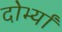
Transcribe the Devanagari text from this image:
दोर्भ्यां